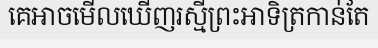
គេអាចមើលឃើញរស្មីព្រះអាទិត្រកាន់តែ